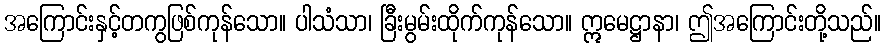
အကြောင်းနှင့်တကွဖြစ်ကုန်သော။ ပါသံသာ၊ ခြီးမွမ်းထိုက်ကုန်သော။ ဣမေဋ္ဌာနာ၊ ဤအကြောင်းတို့သည်။